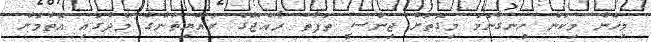
މިހެން މިކަން ހިނގާނަމަ މިގޮތަށް ޖިންސީ ތަފާތު ރާއްޖޭގެ ރައްޔިތުންގެ މެދުގައި އޮތުމަށް